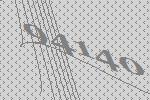
94140